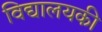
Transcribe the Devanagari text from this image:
विद्यालयकी